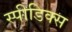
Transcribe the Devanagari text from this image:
स्पीडिक्स